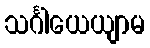
သင်္ဂါယေယျာမ